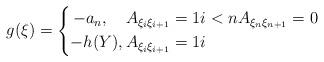
LaTeX: \begin{align*}g(\xi)=\left\{\begin{aligned} -a_n,\quad&\, A_{\xi_i\xi_{i+1}}=1 i<n A_{\xi_n\xi_{n+1}}=0\\ -h(Y),&\, A_{\xi_i\xi_{i+1}}=1 i\\\end{aligned}\right.\end{align*}